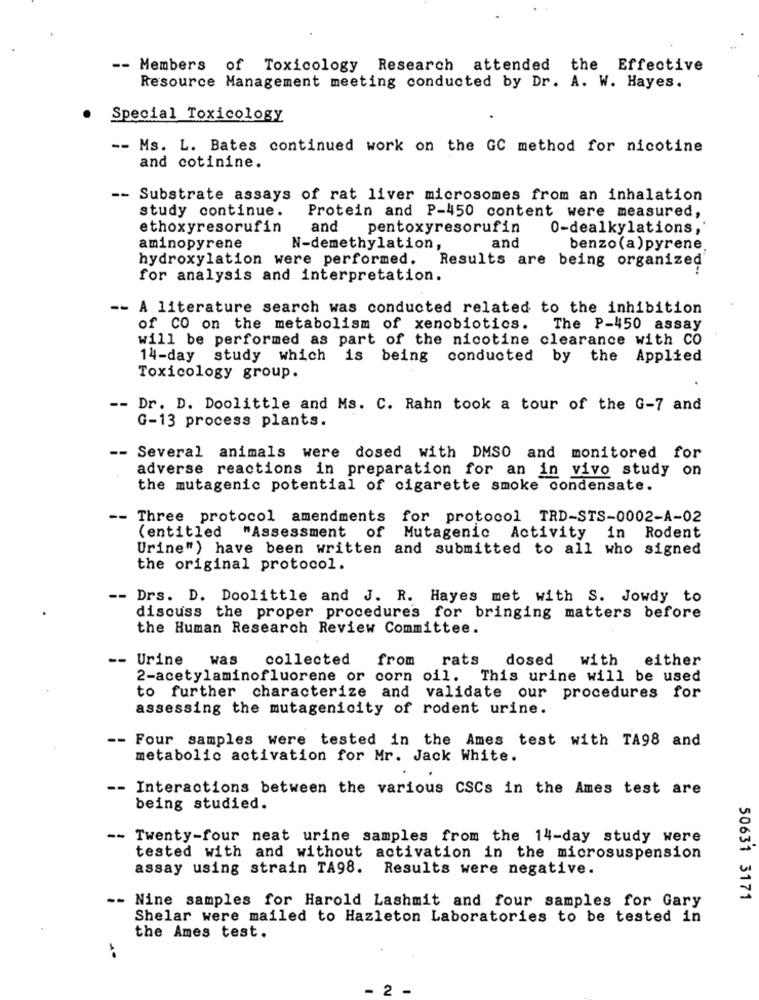
--
Members of Toxicology Research attended the Effective
Resource Management meeting conducted by Dr. A. W. Hayes.
Special Toxicology
-- Ms. L. Bates continued work on the GC method for nicotine
and cotinine.
-- Substrate assays of rat liver microsomes from an inhalation
study continue.
Protein and P-450 content were measured,
ethoxyresorufin
and pentoxyresorufin
0-dealkylations,
aminopyrene
N-demethylation,
and
benzo(a)pyrene.
hydroxylation were performed.
Results are being organized
for analysis and interpretation.
-- A literature search was conducted related to the inhibition
of CO on the metabolism of xenobiotics.
The P-450 assay
will be performed as part of the nicotine clearance with CO
14-day study which is being conducted by
the
Applied
Toxicology group.
-- Dr. D. Doolittle and Ms. C. Rahn took a tour of the G-7 and
G-13 process plants.
-- Several animals were dosed with DMSO and monitored for
adverse reactions in preparation for an in vivo study on
the mutagenic potential of cigarette smoke condensate.
-- Three protocol amendments for protocol TRD-STS-0002-A-02
(entitled "Assessment of Mutagenic Activity in Rodent
Urine") have been written and submitted to all who signed
the original protocol.
-- Drs. D. Doolittle and J. R. Hayes met with S. Jowdy to
discuss the proper procedures for bringing matters before
the Human Research Review Committee.
--
Urine
was
collected
from rats
dosed
with
either
2-acetylaminofluorene or corn oil. This urine will be used
to further characterize and validate our procedures for
assessing the mutagenicity of rodent urine.
-- Four samples were tested in the Ames test with TA98 and
metabolic activation for Mr. Jack White.
Interactions between the various CSCs in the Ames test are
being studied.
-- Twenty-four neat urine samples from the 14-day study were
tested with and without activation in the microsuspension
assay using strain TA98. Results were negative.
- Nine samples for Harold Lashmit and four samples for Gary
50631 3171
Shelar were mailed to Hazleton Laboratories to be tested in
the Ames test.
- 2 -